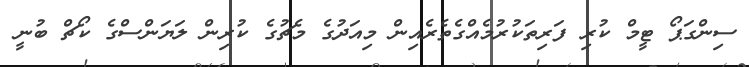
ސިންގަޕޯ ޓީމް ކުރި ފަރިތަކުރުމެއްގެތެރެއިން މިއަދުގެ މެޗުގެ ކުރިން ލަޔަންސްގެ ކޯޗް ބުނީ